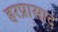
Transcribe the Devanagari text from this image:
हरप्रासाद